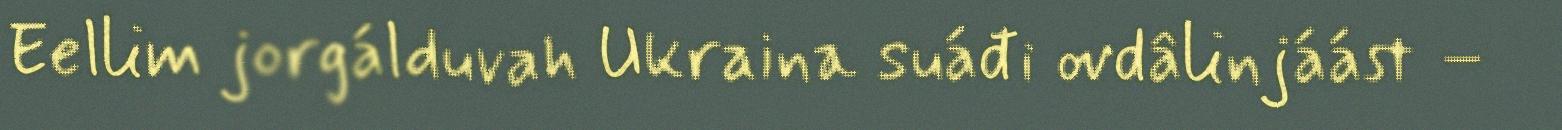
Eellim jorgálduvah Ukraina suáđi ovdâlinjáást –